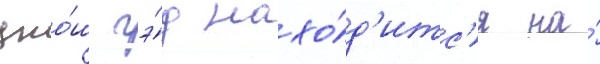
джо́ш гэ́д нахо́д'итс'я на́